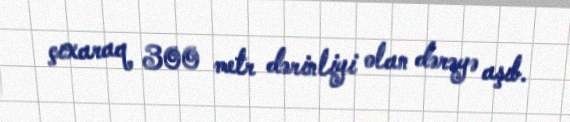
çıxaraq 300 metr dərinliyi olan dərəyə aşıb.